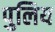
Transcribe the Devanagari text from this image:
पुलिय